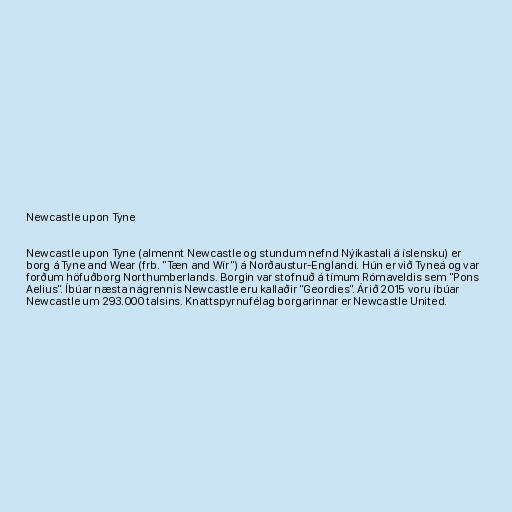
Newcastle upon Tyne

Newcastle upon Tyne (almennt Newcastle og stundum nefnd Nýikastali á íslensku) er
borg á Tyne and Wear (frb. "Tæn and Wír") á Norðaustur-Englandi. Hún er við Tyneá og var
forðum höfuðborg Northumberlands. Borgin var stofnuð á tímum Rómaveldis sem "Pons
Aelius". Íbúar næsta nágrennis Newcastle eru kallaðir "Geordies". Árið 2015 voru íbúar
Newcastle um 293.000 talsins. Knattspyrnufélag borgarinnar er Newcastle United.